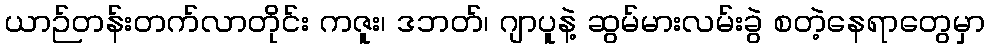
ယာဉ်တန်းတက်လာတိုင်း ကဇူး၊ ဒဘတ်၊ ဂျာပူနဲ့ ဆွမ်မားလမ်းခွဲ စတဲ့နေရာတွေမှာ